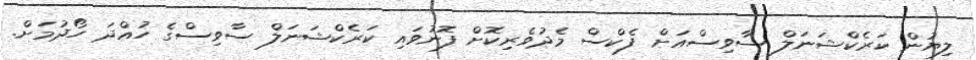
ލިޔުން ކަރެކްޝަނަލް ސާވިސްއަށް ފެކްސް މެދުވެރިކޮށް ފޮނުވައި ކަރެކްޝަނަލް ސާވިސްގެ ހުއްދަ ހޯދުމަށް.